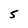
Character: S